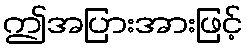
ဤအပြားအားဖြင့်